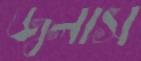
জ্বলাস